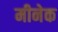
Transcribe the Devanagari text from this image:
मीनेक